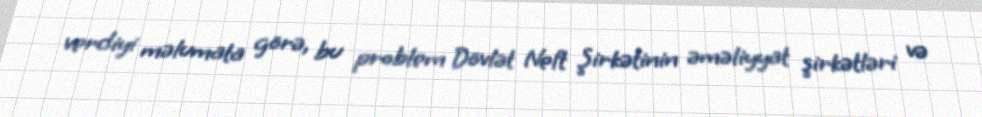
verdiyi məlumata görə, bu problem Dövlət Neft Şirkətinin əməliyyat şirkətləri və